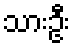
သားဦး